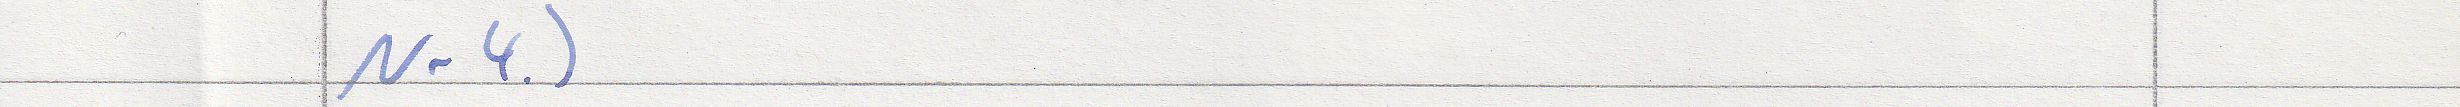
Nr 4.)